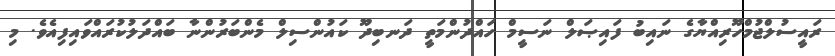
ރައީސުލްޖުމްހޫރިއްޔާގެ ނައިބު ފައިޞަލް ނަސީމް ހައްދުންމަތީ ދަނބިދޫ ކައުންސިލް މެންބަރުންނާ ބައްދަލުކުރައްވައިފިއެވެ. މި